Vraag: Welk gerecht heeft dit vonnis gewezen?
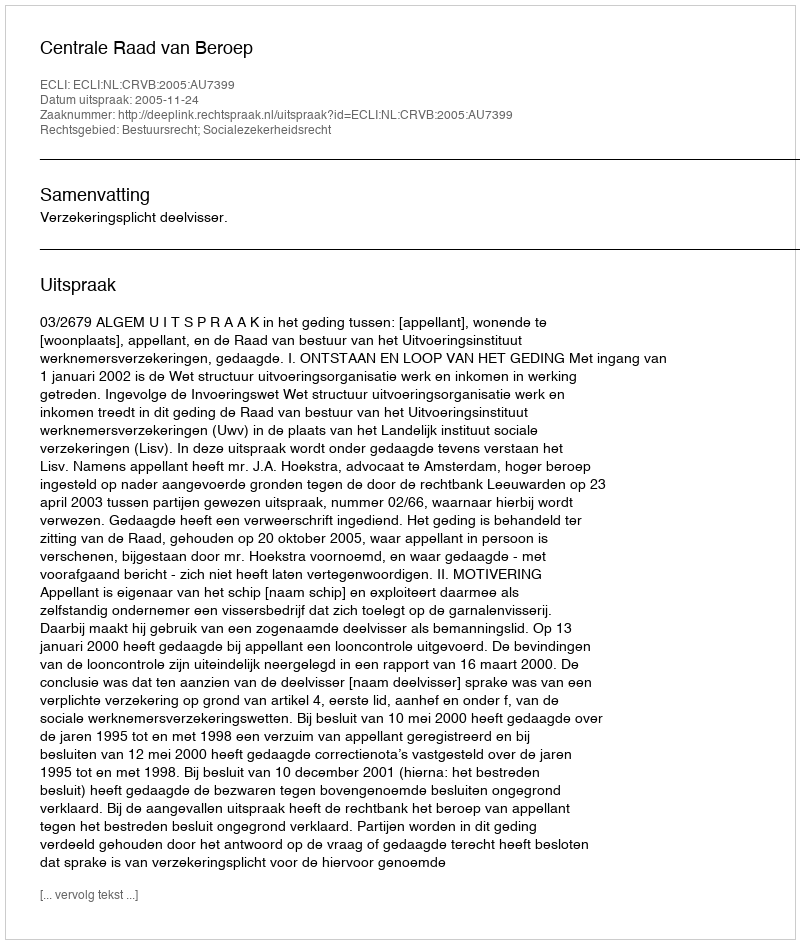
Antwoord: Centrale Raad van Beroep